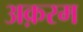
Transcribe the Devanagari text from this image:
अक़रम